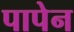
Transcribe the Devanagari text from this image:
पापेन